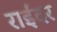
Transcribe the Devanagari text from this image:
राईंदर